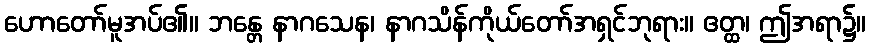
ဟောတော်မူအပ်၏။ ဘန္တေ နာဂသေန၊ နာဂသိန်ကိုယ်တော်အရှင်ဘုရား။ ဧတ္ထ၊ ဤအရာ၌။